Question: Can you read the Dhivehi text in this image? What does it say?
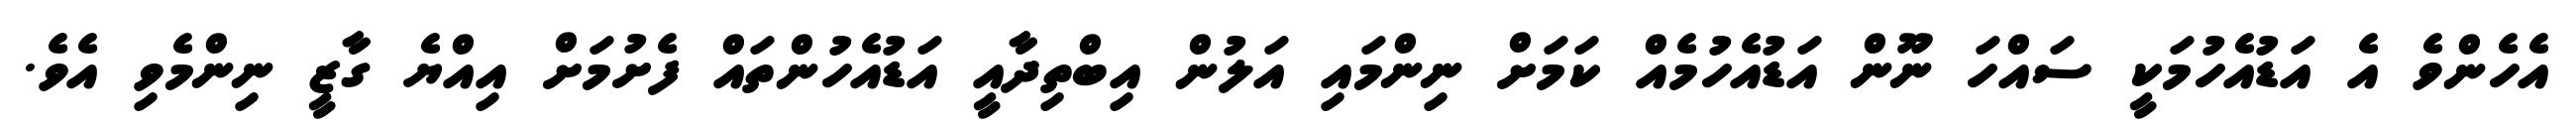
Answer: އެހެންވެ އެ އަޑުއެހުމަކީ ސައްހަ ނޫން އަޑުއެހުމެއް ކަމަށް ނިންމައި އަލުން އިބްތިދާއީ އަޑުއެހުންތައް ފެށުމަށް އިއްޔެ ގާޒީ ނިންމެވި އެވެ.